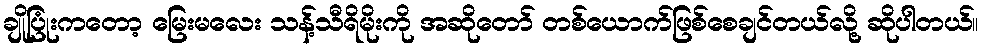
ချိုပြုံးကတော့ မြေးမလေး သန့်သီရိမိုးကို အဆိုတော် တစ်ယောက်ဖြစ်စေချင်တယ်လို့ ဆိုပါတယ်။